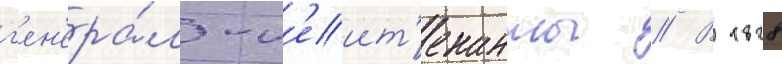
г'ен'ера́л-л'еит'енанты // В 1828